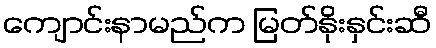
ကျောင်းနာမည်က မြတ်နိုးနှင်းဆီ